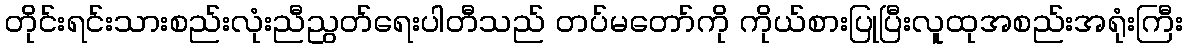
တိုင်းရင်းသားစည်းလုံးညီညွတ်ရေးပါတီသည် တပ်မတော်ကို ကိုယ်စားပြုပြီးလူထုအစည်းအရုံးကြီး